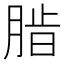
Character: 𬛄